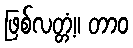
ဖြစ်လတ္တံ့။ တာဝ